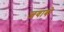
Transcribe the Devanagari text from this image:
जवाबो